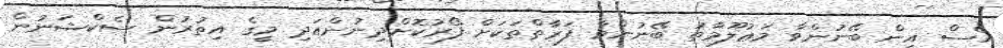
އެސް އިން ބޭނުންވާ މަޢުލޫމާތު ބޭނުންވާ ފަރާތްތަކަށް ފޯރުކޮށްދިނުންއަދި މީގެ އިތުރުން ސެކްޝަނުން